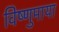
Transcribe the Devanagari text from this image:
विष्णुमाया